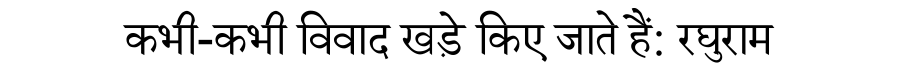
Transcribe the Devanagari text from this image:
कभी-कभी विवाद खड़े किए जाते हैं: रघुराम